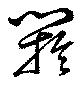
閼